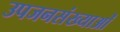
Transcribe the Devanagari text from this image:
उपजनसंख्याओं